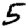
Digit: 5